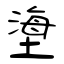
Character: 塰